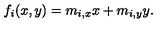
f _ { i } ( x , y ) = m _ { i , x } x + m _ { i , y } y .